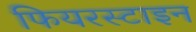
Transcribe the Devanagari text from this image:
फियरस्टाइन